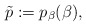
\begin{align*}\tilde p:=p_\beta(\beta),\end{align*}